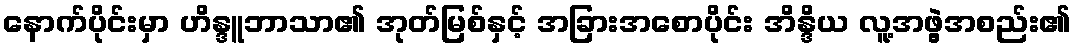
နောက်ပိုင်းမှာ ဟိန္ဒူဘာသာ၏ အုတ်မြစ်နှင့် အခြားအစောပိုင်း အိန္ဒိယ လူ့အဖွဲ့အစည်း၏